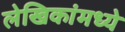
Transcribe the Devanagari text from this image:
लेखिकांमध्ये